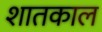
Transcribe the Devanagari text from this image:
शातकाल